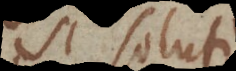
si soluti